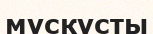
мускусты